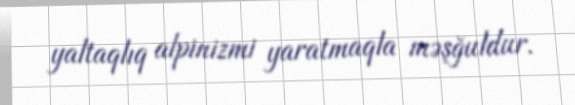
yaltaqlıq alpinizmi yaratmaqla məşğuldur.